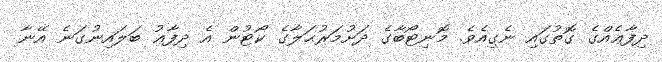
ދިފާޢެއްގެ ގޮތުގައި ނެގިއެވެ. މޮނިޓޯބާގެ ދަށުމަރުޙަލާގެ ކޯޓުން އެ ދިފާޢު ބަލައިނުގަނެ އޭނާ